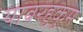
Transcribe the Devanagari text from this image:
याबरहुकुम